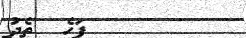
١١٨       ފަހެ  ތެދު